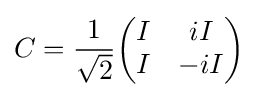
{C={1 \over {\sqrt {2}}}{\begin{pmatrix}I&iI\\I&-iI\end{pmatrix}}}